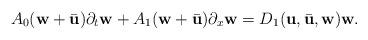
LaTeX: \begin{align*}A_{0}(\textbf{w}+\bar{\textbf{u}})\partial_{t}\textbf{w}+ A_{1}(\textbf{w} + \bar{\textbf{u}})\partial_{x}\textbf{w} = D_{1}(\textbf{u}, \bar{\textbf{u}}, \textbf{w}){\textbf{w}}. \end{align*}